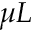
\mu L